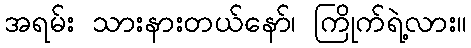
အရမ်း သားနားတယ်နော်၊ ကြိုက်ရဲ့လား။